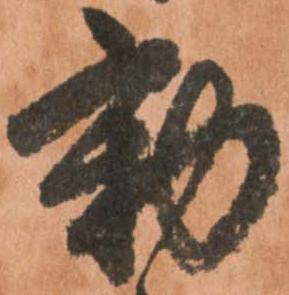
動